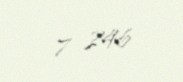
7 246